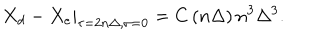
\left. X _ { d } - X _ { e } \right| _ { \tau = 2 n \Delta , \sigma = 0 } = C \left( n \Delta \right) n ^ { 3 } \Delta ^ { 3 } .